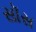
સૉસ